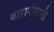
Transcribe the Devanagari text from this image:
कारागीरांनी